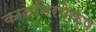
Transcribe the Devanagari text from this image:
कालनिरपेक्ष